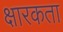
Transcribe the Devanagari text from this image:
क्षारकता